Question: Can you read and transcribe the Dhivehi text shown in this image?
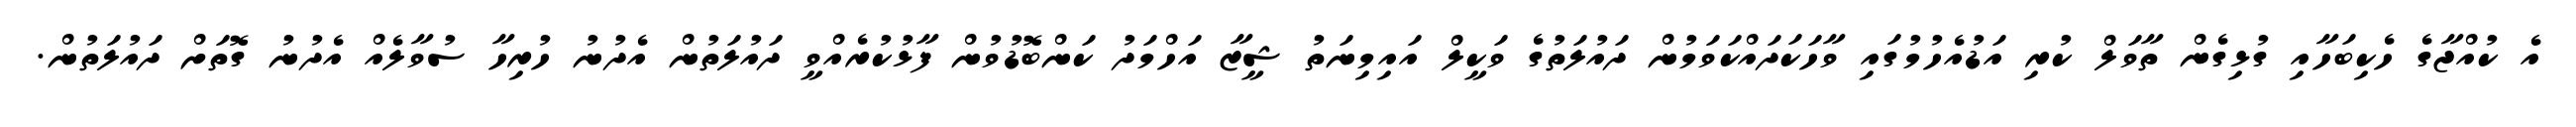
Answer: އެ ކުއްޖާގެ ހެކިބަހާއި ގުޅިގެން ތާވަލް ކުރި އަޑުއެހުމުގައި ވާހަކަދައްކަވަމުން ދައުލަތުގެ ވަކީލް އައިމިނަތު ޝީޒާ އަހްމަދު ކަންބޮޑުވުން ފާޅުކުރެއްވީ ދައުލަތުން އެދުނު ހުރިހާ ސުވާލެއް އެދުނު ގޮތަށް ދައުލަތުން.